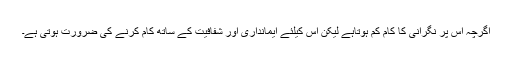
اگرچہ اس پر نگرانی کا کام کم ہوتاہے لیکن اس کیلئے ایمانداری اور شفافیت کے ساتھ کام کرنے کی ضرورت ہوتی ہے۔